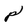
Character: p